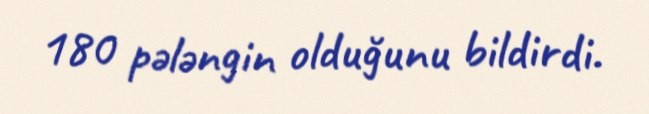
180 pələngin olduğunu bildirdi.